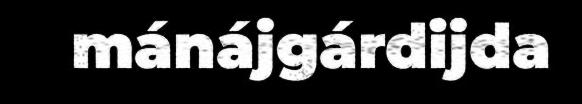
mánájgárdijda